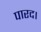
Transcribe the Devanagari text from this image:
पारद।